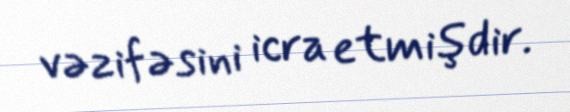
vəzifəsini icra etmişdir.